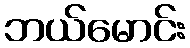
ဘယ်မောင်း